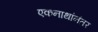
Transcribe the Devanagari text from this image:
एकनाथांनंतर